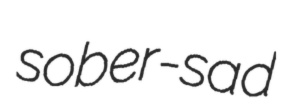
sober-sad